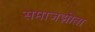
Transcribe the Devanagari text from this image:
समाजझोता